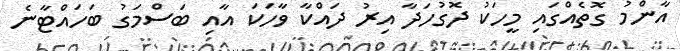
އާންމު ގޮތެއްގައި މީހަކު ދޮގުހަދާ އިރު ދައްކާ ވާހަކަ އާއި ބަސްމަގު ބަހައްޓާނެ